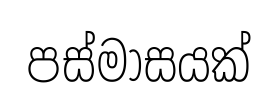
පස්මාසයක්